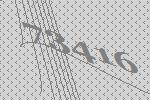
73416